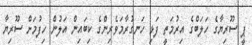
ޕީ ސޫރިޔާގެ ހަލަބްގެ އިރުމަތީ ފަޅި ހަނގުރާމަވެރިންގެ ކިބައިން އަލުން ހިފުމަށް ސޫރިޔާ